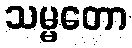
သမ္မတော